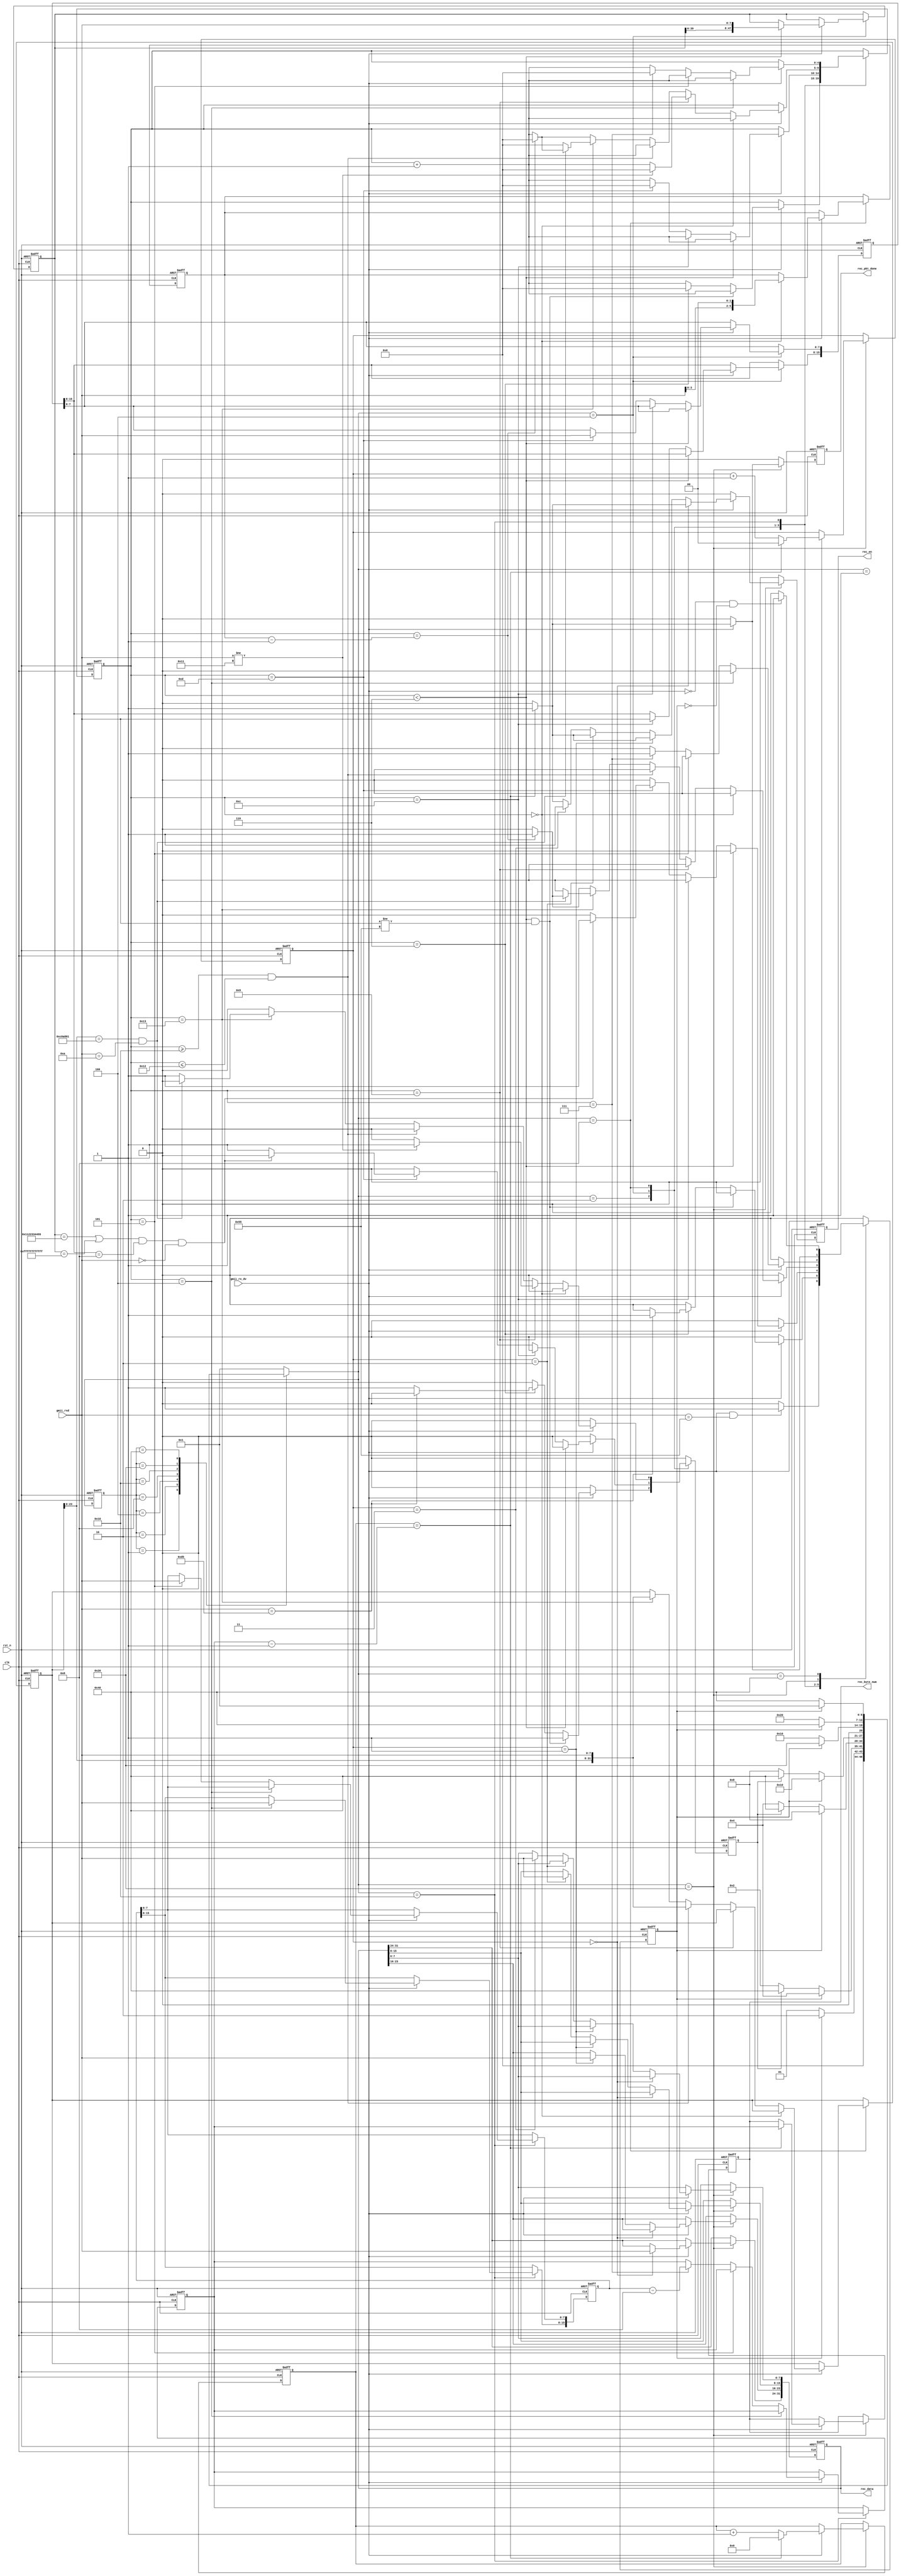
//****************************************Copyright (c)***********************************//
//www.yuanzige.com
//www.openedv.com
//http://openedv.taobao.com 
//""ZYNQ & FPGA & STM32 & LINUX
//
//Copyright(C)  2018-2028
//All rights reserved                                  
//----------------------------------------------------------------------------------------
// File name:           udp_rx
// Last modified Date:  2020/2/18 9:20:14
// Last Version:        V1.0
// Descriptions:        
//----------------------------------------------------------------------------------------
// Created by:          
// Created date:        2020/2/18 9:20:14
// Version:             V1.0
// Descriptions:        The original version
//
//----------------------------------------------------------------------------------------
//****************************************************************************************//

module udp_rx(
    input                clk         ,    //
    input                rst_n       ,    //
    
    input                gmii_rx_dv  ,    //GMII
    input        [7:0]   gmii_rxd    ,    //GMII
    output  reg          rec_pkt_done,    //
    output  reg          rec_en      ,    //
    output  reg  [31:0]  rec_data    ,    //
    output  reg  [15:0]  rec_byte_num     // :byte     
    );

//parameter define
//MAC 00-11-22-33-44-55
parameter BOARD_MAC = 48'h00_11_22_33_44_55; 
//IP 192.168.1.10 
parameter BOARD_IP = {8'd192,8'd168,8'd1,8'd10};

localparam  st_idle     = 7'b000_0001; //
localparam  st_preamble = 7'b000_0010; // 
localparam  st_eth_head = 7'b000_0100; //
localparam  st_ip_head  = 7'b000_1000; //IP
localparam  st_udp_head = 7'b001_0000; //UDP
localparam  st_rx_data  = 7'b010_0000; //
localparam  st_rx_end   = 7'b100_0000; //

localparam  ETH_TYPE    = 16'h0800   ; // IP
localparam  UDP_TYPE    = 8'd17      ; //UDP

//reg define
reg  [6:0]   cur_state       ;
reg  [6:0]   next_state      ;
                             
reg          skip_en         ; //
reg          error_en        ; //
reg  [4:0]   cnt             ; //
reg  [47:0]  des_mac         ; //MAC
reg  [15:0]  eth_type        ; //
reg  [31:0]  des_ip          ; //IP
reg  [5:0]   ip_head_byte_num; //IP
reg  [15:0]  udp_byte_num    ; //UDP
reg  [15:0]  data_byte_num   ; //
reg  [15:0]  data_cnt        ; //    
reg  [1:0]   rec_en_cnt      ; //8bit32bit

//*****************************************************
//**                    main code
//*****************************************************

//()
always @(posedge clk or negedge rst_n) begin
    if(!rst_n)
        cur_state <= st_idle;  
    else
        cur_state <= next_state;
end

//
always @(*) begin
    next_state = st_idle;
    case(cur_state)
        st_idle : begin                                     //
            if(skip_en) 
                next_state = st_preamble;
            else
                next_state = st_idle;    
        end
        st_preamble : begin                                 //
            if(skip_en) 
                next_state = st_eth_head;
            else if(error_en) 
                next_state = st_rx_end;    
            else
                next_state = st_preamble;    
        end
        st_eth_head : begin                                 //
            if(skip_en) 
                next_state = st_ip_head;
            else if(error_en) 
                next_state = st_rx_end;
            else
                next_state = st_eth_head;           
        end  
        st_ip_head : begin                                  //IP
            if(skip_en)
                next_state = st_udp_head;
            else if(error_en)
                next_state = st_rx_end;
            else
                next_state = st_ip_head;       
        end 
        st_udp_head : begin                                 //UDP
            if(skip_en)
                next_state = st_rx_data;
            else
                next_state = st_udp_head;    
        end                
        st_rx_data : begin                                  //
            if(skip_en)
                next_state = st_rx_end;
            else
                next_state = st_rx_data;    
        end                           
        st_rx_end : begin                                   //
            if(skip_en)
                next_state = st_idle;
            else
                next_state = st_rx_end;          
        end
        default : next_state = st_idle;
    endcase                                          
end    

//,
always @(posedge clk or negedge rst_n) begin
    if(!rst_n) begin
        skip_en <= 1'b0;
        error_en <= 1'b0;
        cnt <= 5'd0;
        des_mac <= 48'd0;
        eth_type <= 16'd0;
        des_ip <= 32'd0;
        ip_head_byte_num <= 6'd0;
        udp_byte_num <= 16'd0;
        data_byte_num <= 16'd0;
        data_cnt <= 16'd0;
        rec_en_cnt <= 2'd0;
        rec_en <= 1'b0;
        rec_data <= 32'd0;
        rec_pkt_done <= 1'b0;
        rec_byte_num <= 16'd0;
    end
    else begin
        skip_en <= 1'b0;
        error_en <= 1'b0;  
        rec_en <= 1'b0;
        rec_pkt_done <= 1'b0;
        case(next_state)
            st_idle : begin
                if((gmii_rx_dv == 1'b1) && (gmii_rxd == 8'h55)) 
                    skip_en <= 1'b1;
            end
            st_preamble : begin
                if(gmii_rx_dv) begin                         //
                    cnt <= cnt + 5'd1;
                    if((cnt < 5'd6) && (gmii_rxd != 8'h55))  //78'h55  
                        error_en <= 1'b1;
                    else if(cnt==5'd6) begin
                        cnt <= 5'd0;
                        if(gmii_rxd==8'hd5)                  //18'hd5
                            skip_en <= 1'b1;
                        else
                            error_en <= 1'b1;    
                    end  
                end  
            end
            st_eth_head : begin
                if(gmii_rx_dv) begin
                    cnt <= cnt + 5'b1;
                    if(cnt < 5'd6) 
                        des_mac <= {des_mac[39:0],gmii_rxd}; //MAC
                    else if(cnt == 5'd12) 
                        eth_type[15:8] <= gmii_rxd;          //
                    else if(cnt == 5'd13) begin
                        eth_type[7:0] <= gmii_rxd;
                        cnt <= 5'd0;
                        //MACMAC
                        if(((des_mac == BOARD_MAC) ||(des_mac == 48'hff_ff_ff_ff_ff_ff))
                       && eth_type[15:8] == ETH_TYPE[15:8] && gmii_rxd == ETH_TYPE[7:0])            
                            skip_en <= 1'b1;
                        else
                            error_en <= 1'b1;
                    end        
                end  
            end
            st_ip_head : begin
                if(gmii_rx_dv) begin
                    cnt <= cnt + 5'd1;
                    if(cnt == 5'd0)
                        ip_head_byte_num <= {gmii_rxd[3:0],2'd0};  //IP
                    else if(cnt == 5'd9) begin
                        if(gmii_rxd != UDP_TYPE) begin
                            //UDP                        
                            error_en <= 1'b1;               
                            cnt <= 5'd0;                        
                        end
                    end                    
                    else if((cnt >= 5'd16) && (cnt <= 5'd18))
                        des_ip <= {des_ip[23:0],gmii_rxd};         //IP
                    else if(cnt == 5'd19) begin
                        des_ip <= {des_ip[23:0],gmii_rxd}; 
                        //IPIP
                        if((des_ip[23:0] == BOARD_IP[31:8])
                            && (gmii_rxd == BOARD_IP[7:0])) begin  
                            if(cnt == ip_head_byte_num - 1'b1) begin
                                skip_en <=1'b1;                     
                                cnt <= 5'd0;
                            end                             
                        end    
                        else begin            
                            //IP                        
                            error_en <= 1'b1;               
                            cnt <= 5'd0;
                        end                                                  
                    end                          
                    else if(cnt == ip_head_byte_num - 1'b1) begin 
                        skip_en <=1'b1;                      //IP
                        cnt <= 5'd0;                    
                    end    
                end                                
            end 
            st_udp_head : begin
                if(gmii_rx_dv) begin
                    cnt <= cnt + 5'd1;
                    if(cnt == 5'd4)
                        udp_byte_num[15:8] <= gmii_rxd;      //UDP 
                    else if(cnt == 5'd5)
                        udp_byte_num[7:0] <= gmii_rxd;
                    else if(cnt == 5'd7) begin
                        //UDP88
                        data_byte_num <= udp_byte_num - 16'd8;    
                        skip_en <= 1'b1;
                        cnt <= 5'd0;
                    end  
                end                 
            end          
            st_rx_data : begin         
                //32bit            
                if(gmii_rx_dv) begin
                    data_cnt <= data_cnt + 16'd1;
                    rec_en_cnt <= rec_en_cnt + 2'd1;
                    if(data_cnt == data_byte_num - 16'd1) begin
                        skip_en <= 1'b1;                    //
                        data_cnt <= 16'd0;
                        rec_en_cnt <= 2'd0;
                        rec_pkt_done <= 1'b1;               
                        rec_en <= 1'b1;                     
                        rec_byte_num <= data_byte_num;
                    end    
                    //rec_data,4,
                    //(rec_byte_num)
                    if(rec_en_cnt == 2'd0)
                        rec_data[31:24] <= gmii_rxd;
                    else if(rec_en_cnt == 2'd1)
                        rec_data[23:16] <= gmii_rxd;
                    else if(rec_en_cnt == 2'd2) 
                        rec_data[15:8] <= gmii_rxd;        
                    else if(rec_en_cnt==2'd3) begin
                        rec_en <= 1'b1;
                        rec_data[7:0] <= gmii_rxd;
                    end    
                end  
            end    
            st_rx_end : begin                               //   
                if(gmii_rx_dv == 1'b0 && skip_en == 1'b0)
                    skip_en <= 1'b1; 
            end    
            default : ;
        endcase                                                        
    end
end

endmodule